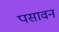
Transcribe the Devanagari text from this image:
पसावन